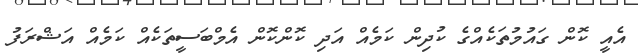
އެއީ ކޮން ގައުމުތަކެއްގެ ކުދިން ކަމެއް އަދި ކޮންކޮން އެމްބަސީތަކެއް ކަމެއް އަޝްރަފު